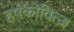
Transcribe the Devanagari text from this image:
हर्षकोवित्ज़